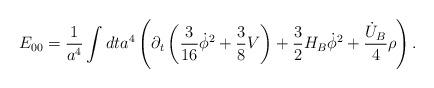
LaTeX: \begin{align*}E_{00}=\frac{1}{a^4}\int dt a^4 \left(\partial_t \left( \frac{3}{16}\dot \phi^2 +\frac{3}{8}V\right)+\frac{3}{2}H_B\dot\phi^2+ \frac{\dot U_B}{4}\rho \right).\end{align*}